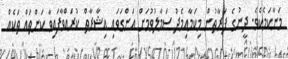
މަނާކަމެކެވެ. ދީނުގެ ފަރާތުން މިކަމާއިމެދު ސަމާލުވުމަށް އަންގަވައި އިޝާރާތް ކުރައްވާފައިވާ ކަންތައް ތަކެއް